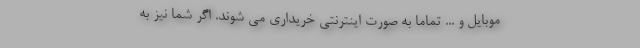
موبایل و ... تماما به صورت اینترنتی خریداری می شوند. اگر شما نیز به